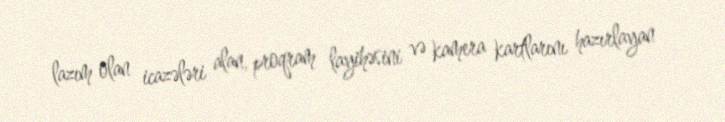
lazım olan icazələri alan, proqram layihəsini və kamera kartlarını hazırlayan